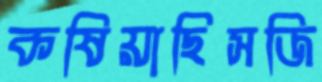
কষিয়াছিসজি